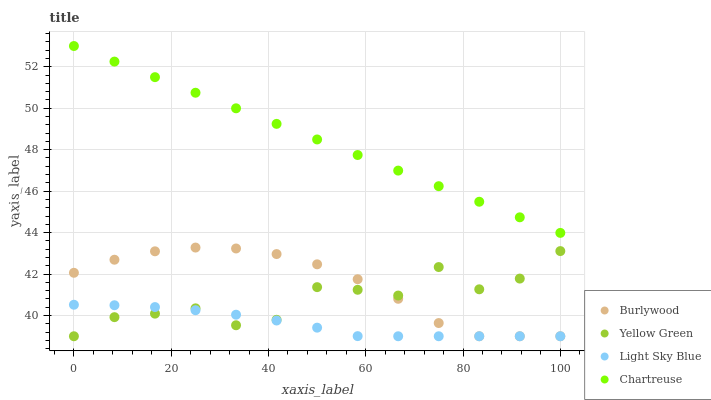
| xaxis_label | Burlywood | Yellow Green | Light Sky Blue | Chartreuse |
 | --- | --- | --- | --- | --- |
 | 0 | 42.1 | 39 | 40.5 | 53 |
 | 8.33 | 42.7 | 39.9 | 40.5 | 52.2 |
 | 16.7 | 43.1 | 40.1 | 40.4 | 51.5 |
 | 25 | 43.3 | 40.3 | 40.3 | 50.7 |
 | 33.3 | 43.2 | 39.5 | 40 | 50 |
 | 41.7 | 43 | 39.8 | 39.8 | 49.2 |
 | 50 | 42.5 | 41.4 | 39.4 | 48.5 |
 | 58.3 | 41.8 | 41.2 | 39 | 47.7 |
 | 66.7 | 40.8 | 41 | 39 | 47 |
 | 75 | 39.6 | 42.3 | 39 | 46.2 |
 | 83.3 | 39 | 41.3 | 39 | 45.5 |
 | 91.7 | 39 | 41.8 | 39 | 44.7 |
 | 100 | 39 | 43.1 | 39 | 44 |